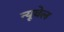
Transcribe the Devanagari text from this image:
न्यूवेल